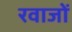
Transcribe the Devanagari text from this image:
रवाजों